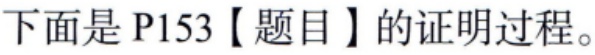
下面是 P153【题目】的证明过程。